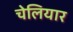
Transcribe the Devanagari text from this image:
चेलियार